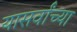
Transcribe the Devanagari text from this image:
यासर्वांच्या